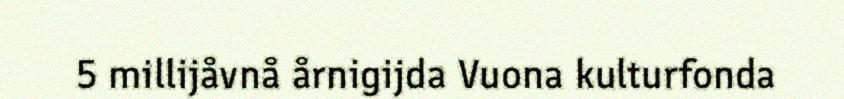
5 millijåvnå årnigijda Vuona kulturfonda